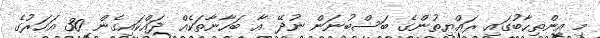
މި އިންތިހާބުގައި ރައްޔިތުންގެ ބަސްބުނަން ނުދޭ އާ ބަހާނާތަކެއް ދައްކައިގެން 30 އަހަރުގެ